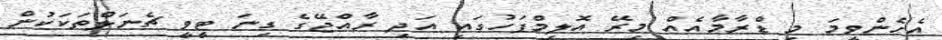
އެހެންވީމަ މި ޑްރާމާއެއް މިރޭ އޮލިމްޕަހުގައި އަދި ރާއްޖޭގެ ގިނަ ޓީވީ ޗެނަލްތަކަކުން